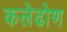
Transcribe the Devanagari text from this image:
कलेढोण